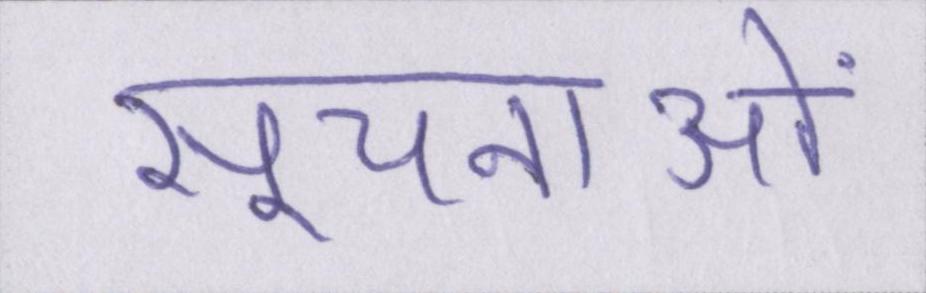
सूचनाओं